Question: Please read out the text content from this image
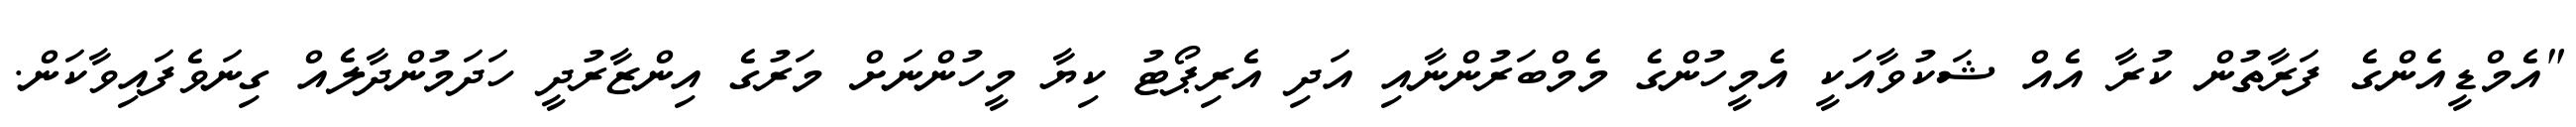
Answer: "އެމްޑީއެންގެ ފަރާތުން ކުރާ އެއް ޝަކުވާއަކީ އެމީހުންގެ މެމްބަރުންނާއި އަދި އެރިޕޯޓު ކިޔާ މީހުންނަށް މަރުގެ އިންޒާރުދީ ހަދަމުންދާލެއް ގިނަވެފައިވާކަން.